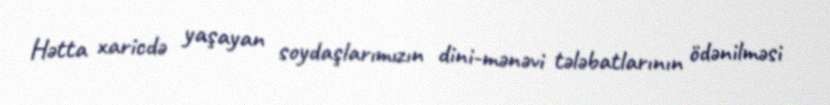
Hətta xaricdə yaşayan soydaşlarımızın dini-mənəvi tələbatlarının ödənilməsi